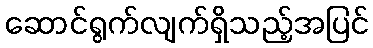
ဆောင်ရွက်လျက်ရှိသည့်အပြင်